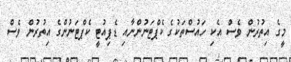
މީގެ އިތުރުން ވެސް އެކި ހައުސްތަކުގެ ކެޕްޓަނުންނާއި ޑެޕިއުޓީ ކެޕްޓަނުންގެ އިތުރުން ވެސް